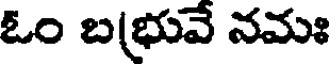
ఓం బ(భువే నమః